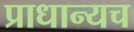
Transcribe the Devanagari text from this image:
प्राधान्यच